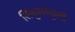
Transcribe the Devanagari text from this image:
सिंधुसंस्कृती